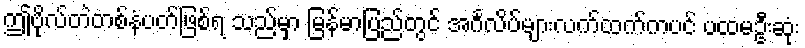
ဤဗိုလ်တဲတစ်နံပတ်ဖြစ်ရ သည်မှာ မြန်မာပြည်တွင် အင်္ဂလိပ်များလက်ထက်ကပင် ပထမဦးဆုံး